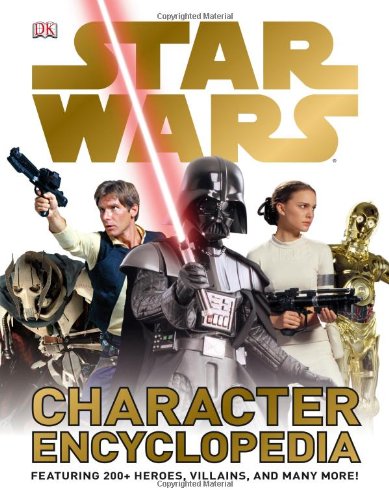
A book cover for Star Wars Character Encyclopedia; DK Publishing; Children's Books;